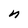
Character: n